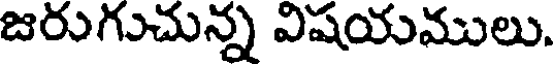
జరుగుచున్న విషయములు.